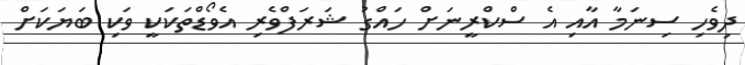
ދިވެހި ސިނަމާ އާއި އެ ސްކްރީނަށް ހައްގު ޝަރަފްވެރި އެވޯޑްތަކަކީ ވަކި ބަޔަކަށް